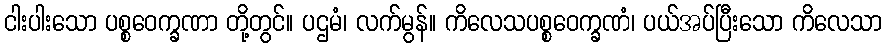
ငါးပါးသော ပစ္စဝေက္ခဏာ တို့တွင်။ ပဌမံ၊ လက်မွန်။ ကိလေသပစ္စဝေက္ခဏံ၊ ပယ်အပ်ပြီးသော ကိလေသာ